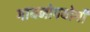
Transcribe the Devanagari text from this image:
गायनोपयोगी